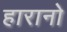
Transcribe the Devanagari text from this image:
हारानो